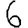
Digit: 6